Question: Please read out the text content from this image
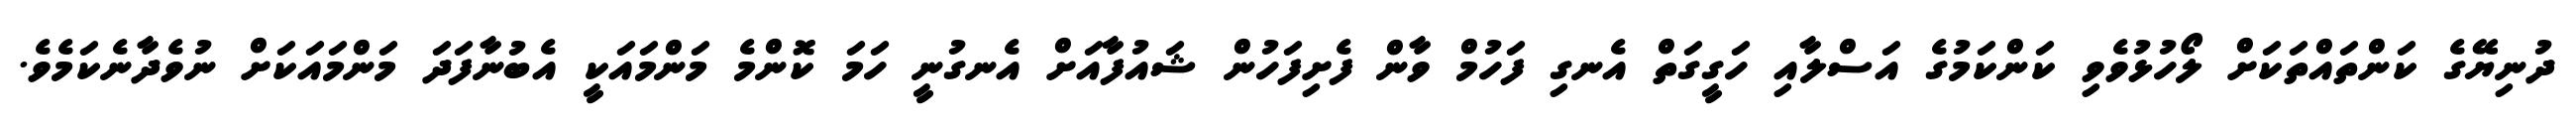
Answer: ދުނިޔޭގެ ކަންތައްތަކަށް ލޯހުޅުވެވި ކަންކަމުގެ އަސްލާއި ހަގީގަތް އެނގި ފަހުމް ވާން ފެށިފަހުން ޝައުފާއަށް އެނގުނީ ހަމަ ކޮންމެ މަންމައަކީ އެބުނާފަދަ މަންމައަކަށް ނުވެދާނެކަމެވެ.